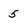
Character: 5